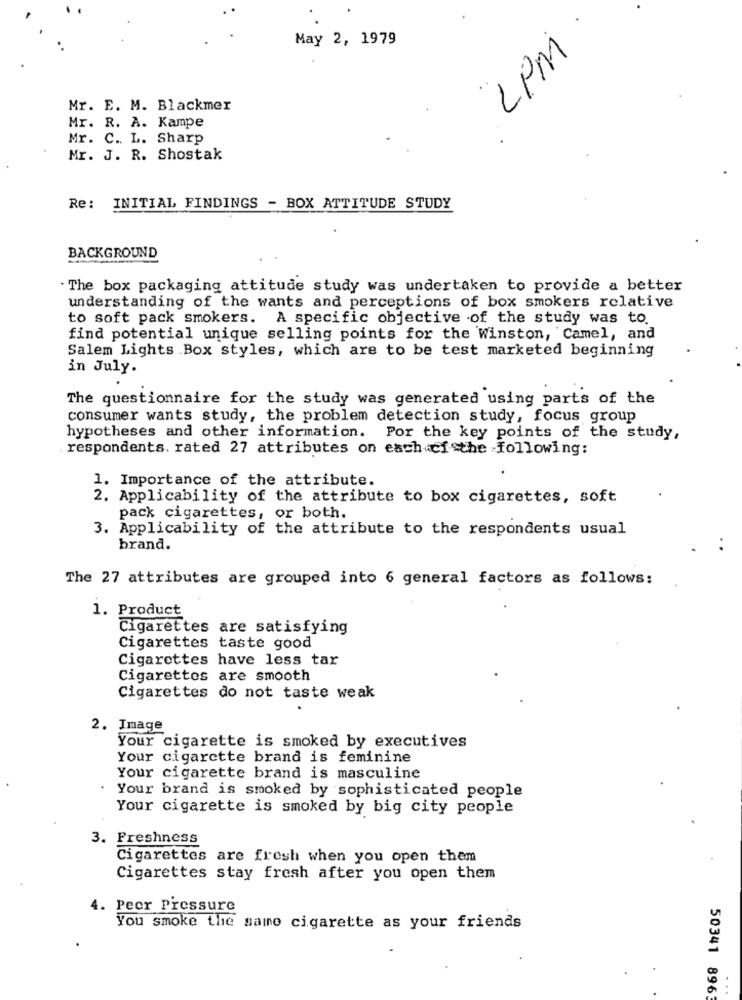
May 2, 1979
LPM
Mr. E. M. Blackmer
Mr. R. A. Kampe
Mr. C. L. Sharp
Mr. J. R. Shostak
Re: INITIAL FINDINGS - BOX ATTITUDE STUDY
BACKGROUND
. The box packaging attitude study was undertaken to provide a better
understanding of the wants and perceptions of box smokers relative
to soft pack smokers. A specific objective of the study was to.
find potential unique selling points for the Winston, Camel, and
Salem Lights Box styles, which are to be test marketed beginning
in July.
The questionnaire for the study was generated using parts of the
consumer wants study, the problem detection study, focus group
hypotheses and other information. Por the key points of the study,
respondents. rated 27 attributes on each ci the following:
1. Importance of the attribute.
2. Applicability of the attribute to box cigarettes, soft
pack cigarettes, or both.
3. Applicability of the attribute to the respondents usual
brand.
The 27 attributes are grouped into 6 general factors as follows:
1. Product
Cigarettes are satisfying
Cigarettes taste good
Cigarettes have less tar
Cigarettes are smooth
Cigarettes do not taste weak
2. Image
Your cigarette is smoked by executives
Your cigarette brand is feminine
Your cigarette brand is masculine
Your brand is smoked by sophisticated people
Your cigarette is smoked by big city people
3. Freshness
Cigarettes are fresh when you open them
Cigarettes stay fresh after you open them
4. Peer Pressure
You smoke the same cigarette as your friends
50341 896
...